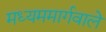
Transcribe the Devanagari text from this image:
मध्यममार्गवाले